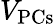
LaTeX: V_{\mathrm{PCs}}